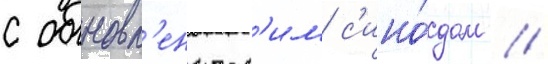
с обновл'енческ'им с'ино́дом //